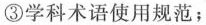
③学科术语使用规范；